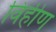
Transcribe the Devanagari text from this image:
विहीण